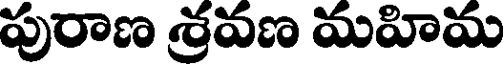
పురాణ శ్రవణ మహిమ